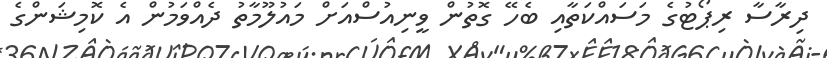
ދިރާސާ ރިޕޯޓުގެ މަސައްކަތާއި ބެހޭ ގޮތުން ވީނިއުސްއަށް މައުލޫމާތު ދެއްވަމުން އެ ކޮމިޝަންގެ